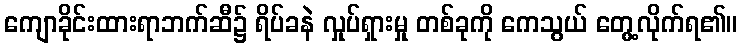
ကျောခိုင်းထားရာဘက်ဆီ၌ ရိပ်ခနဲ လှုပ်ရှားမှု တစ်ခုကို ကေသွယ် တွေ့လိုက်ရ၏။